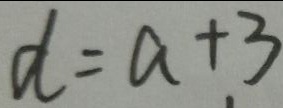
d = a + 3